Source: Handwritten
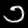
Digit: ၁ (1)